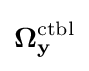
\mathbf {\Omega _{y}^{\text{ctbl}}}